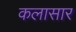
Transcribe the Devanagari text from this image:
कलासार